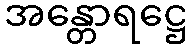
အန္တောရဋ္ဌေ